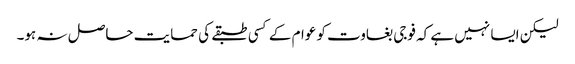
لیکن ایسا نہیں ہے کہ فوجی بغاوت کو عوام کے کسی طبقے کی حمایت حاصل نہ ہو۔